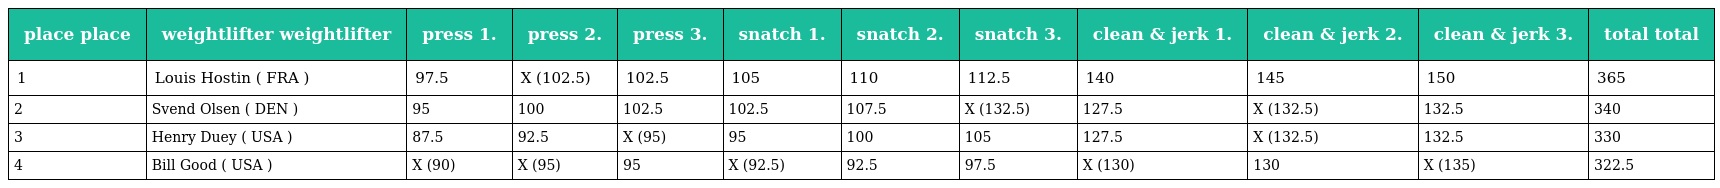
| place place | weightlifter weightlifter | press 1. | press 2. | press 3. | snatch 1. | snatch 2. | snatch 3. | clean & jerk 1. | clean & jerk 2. | clean & jerk 3. | total total |
 | --- | --- | --- | --- | --- | --- | --- | --- | --- | --- | --- | --- |
 | 1 | Louis Hostin ( FRA ) | 97.5 | X (102.5) | 102.5 | 105 | 110 | 112.5 | 140 | 145 | 150 | 365 |
 | 2 | Svend Olsen ( DEN ) | 95 | 100 | 102.5 | 102.5 | 107.5 | X (132.5) | 127.5 | X (132.5) | 132.5 | 340 |
 | 3 | Henry Duey ( USA ) | 87.5 | 92.5 | X (95) | 95 | 100 | 105 | 127.5 | X (132.5) | 132.5 | 330 |
 | 4 | Bill Good ( USA ) | X (90) | X (95) | 95 | X (92.5) | 92.5 | 97.5 | X (130) | 130 | X (135) | 322.5 |